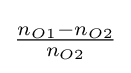
{\tfrac {n_{O1}-n_{O2}}{n_{O2}}}